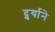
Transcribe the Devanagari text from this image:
दुर्र्याने